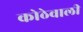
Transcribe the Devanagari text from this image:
कोठेवाली